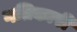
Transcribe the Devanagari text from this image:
गतिकारी